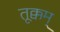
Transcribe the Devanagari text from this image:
तूक्कम्